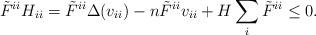
LaTeX: \begin{align*}\tilde F^{ii}H_{ii}=\tilde F^{ii}\Delta(v_{ii})-n\tilde F^{ii}v_{ii}+H \sum_i \tilde F^{ii} \leq 0.\end{align*}